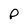
Character: P